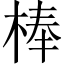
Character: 棒